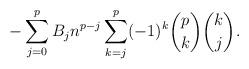
LaTeX: \begin{align*}-\sum_{j=0}^{p} B_j n^{p-j} \sum_{k=j}^p (-1)^k \binom{p}{k} \binom{k}{j}.\end{align*}